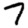
Digit: 7